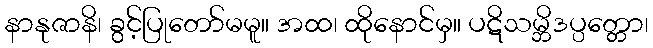
နာနုဇာနိ၊ ခွင့်ပြုတော်မမူ။ အထ၊ ထိုနောင်မှ။ ပဋိသမ္ဘိဒပ္ပတ္တော၊